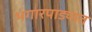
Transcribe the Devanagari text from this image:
भंगारपाड्यात